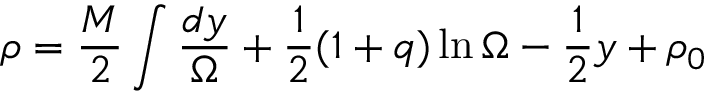
\rho = \frac { M } { 2 } \int \frac { d y } { \Omega } + \frac { 1 } { 2 } ( 1 + q ) \ln \Omega - \frac { 1 } { 2 } y + \rho _ { 0 }